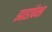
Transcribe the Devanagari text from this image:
झाडांपेक्षा